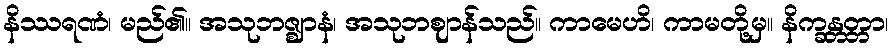
နိဿရဏံ၊ မည်၏။ အသုဘဇ္ဈာနံ၊ အသုဘဈာန်သည်။ ကာမေဟိ၊ ကာမတို့မှ။ နိက္ခန္တတ္တာ၊